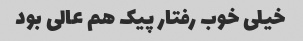
خیلی خوب رفتار پیک هم عالی بود